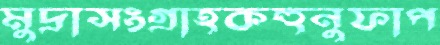
মুদ্রাসংগ্রাহকহুনুফাপ